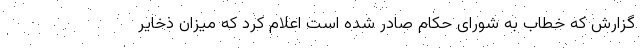
گزارش که خطاب به شورای حکام صادر شده است اعلام کرد که میزان ذخایر